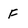
Character: F